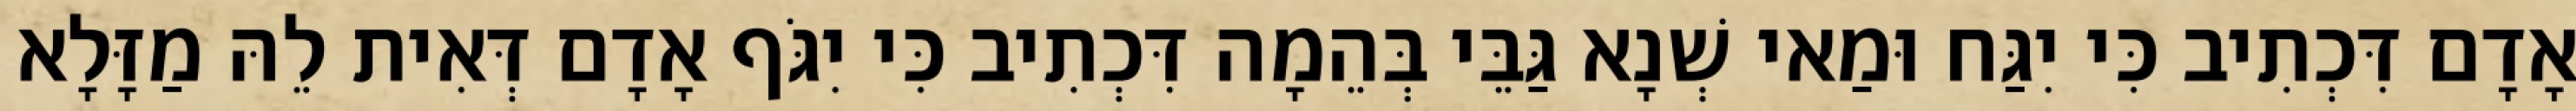
אָדָם דִּכְתִיב כִּי יִגַּח וּמַאי שְׁנָא גַּבֵּי בְּהֵמָה דִּכְתִיב כִּי יִגֹּף אָדָם דְּאִית לֵהּ מַזָּלָא